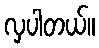
လှပါတယ်။